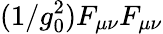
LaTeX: (1/g_{0}^{2})F_{\mu\nu}F_{\mu\nu}